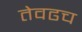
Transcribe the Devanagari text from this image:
तेवढच